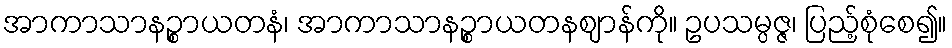
အာကာသာနဉ္စာယတနံ၊ အာကာသာနဉ္စာယတနဈာန်ကို။ ဥပသမ္ပဇ္ဇ၊ ပြည့်စုံစေ၍။